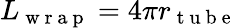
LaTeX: L_{\mathrm{~w~r~a~p~}}=4\pi r_{\mathrm{~t~u~b~e~}}